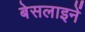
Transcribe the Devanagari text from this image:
बेसलाइनें